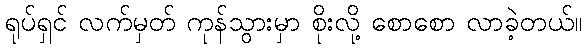
ရုပ်ရှင် လက်မှတ် ကုန်သွားမှာ စိုးလို့ စောစော လာခဲ့တယ်။